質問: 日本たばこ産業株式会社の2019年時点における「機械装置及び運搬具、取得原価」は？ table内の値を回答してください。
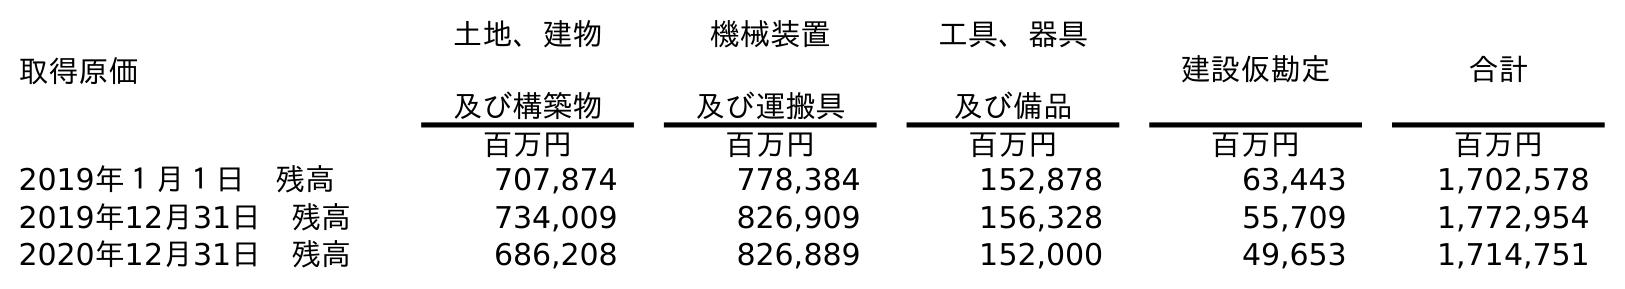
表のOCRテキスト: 取得原価 土地、建物 及び構築物 機械装置 及び運搬具 工具、器具 及び備品 建設仮勘定 合計 百万円 百万円 百万円 百万円 百万円 2019年１月１日 残高 707,874 778,384 152,878 63,443 1,702,578 2019年12月31日 残高 734,009 826,909 156,328 55,709 1,772,954 2020年12月31日 残高 686,208 826,889 152,000 49,653 1,714,751
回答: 826,909